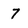
Character: 7